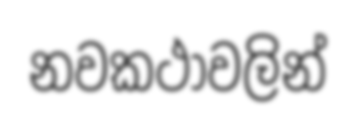
නවකථාවලින්